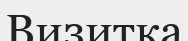
Визитка